Scottish Leaving Certificate Examination, 1960
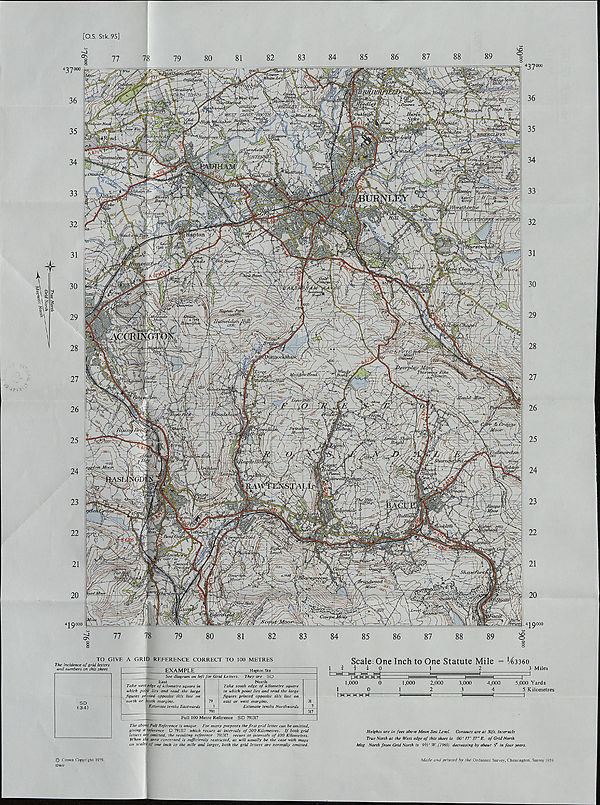
True North
Grid North
TO GIVE A GRID REFERENCE CORRECT TO 100 METRES
The incidence of grid letters
and numbers on this sheet
EXAMPLE
Hapton Sta
See diagram on left for Grid Letters. They are SD
East
Take west edge of kilometre square in
which point lies and read the large
figures printed opposite this line on
north or south margins.
Estimate tenths Eastwards
79
1_
791
North
Take south edge of kilometre square
in which point lies and read the large
figures printed opposite this line on
east or west margins.
Estimate tenths Northwards
317
Full 100 Metre Reference SD 791317
The above Full Reference is unique. For many purposes the first grid letter can be omitted,
giving a reference D 791317 which recurs at intervals of 500 Kilometres. If both grid
letters are omitted, the resulting reference 791317 recurs at intervals of 100 Kilometres.
When the area concerned is sufficiently restricted, as will usually be the case with maps
on scales: of one inch to the mile and larger, both the grid letters are normally omitted.
Scale: One Inch to One Statute Mile = 143360
i i 0
1
2
3 Miles
d
1,000
1
0
I |-| |-| M H l-l
1,000
1
2,000
2
3,000
3
4,000
4
5,000 Yards
5 Kilometres
Heights are in feet above Mean Sea Level. Contours are at 50ft. intervals
True North at the West edge of this sheet is 00° 17'37" E. of Grid North
Mag. North from Grid North is 9'/2° IV. (1960) decreasing by about 3° in four years.
© Crown Copyright 1959.
4246 U
Made and printed by the Ordnance Survey, Chessington, Surrey 1959.